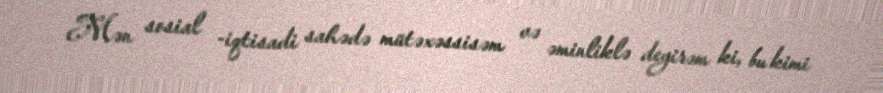
Mən sosial -iqtisadi sahədə mütəxəssisəm və əminliklə deyirəm ki, bu kimi